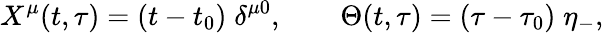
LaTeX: X^{\mu}(t,\tau)=(t-t_{0})\; \delta^{\mu 0},\quad\quad\Theta(t,\tau)=(\tau-\tau_{0})\; \eta_{-},